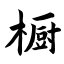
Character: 橱